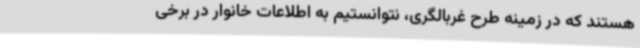
هستند که در زمینه طرح غربالگری، نتوانستیم به اطلاعات خانوار در برخی